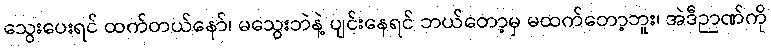
သွေးပေးရင် ထက်တယ်နော်၊ မသွေးဘဲနဲ့ ပျင်းနေရင် ဘယ်တော့မှ မထက်တော့ဘူး၊ အဲဒီဉာဏ်ကို